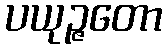
ပယုဉ္ဇတော